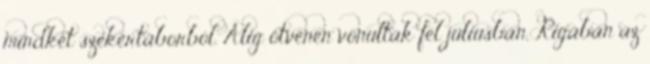
mindkét szekértáborból. Alig ötvenen vonultak fel júliusban, Rigában az